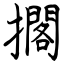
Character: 擱